King Institute of Preventive Medicine Micro-Biological Section reports 1912-19
Year: 1912
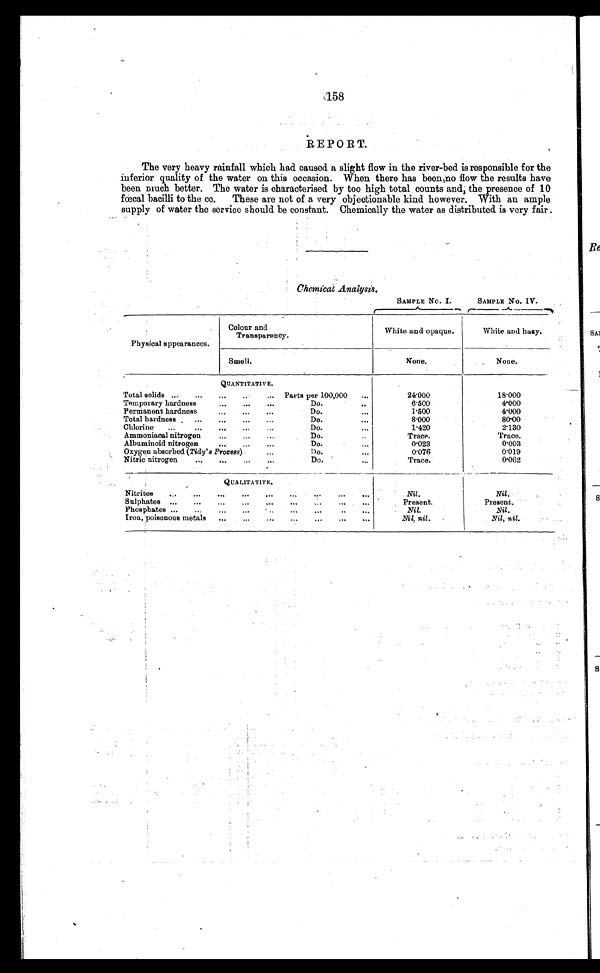
158
REPORT.
The very heavy rainfall which had caused a slight flow in the river-bed is responsible for the
inferior quality of the water on this occasion. When there has been no flow the results have
been much better. The water is characterised by too high total counts and, the presence of 10
fœcal bacilli to the cc. These are not of a very objectionable kind however. With an ample
supply of water the service should be constant. Chemically the water as distributed is very fair.
Chemical Analysis.
SAMPLE No. I.
SAMPLE No. IV.
Physical appearances.
Colour and
Transparency.
White and opaque.
White and hazy.
Smell.
None.
None.
QUANTITATIVE.
Total solids ...
...
...
... ...
Parts per 100,000
...
24.000
18.000
Temporary hardness
... ... ...
Do.
...
6.500
4.000
Permanent hardness
...
...
...
Do.
...
1.500
4.000
Total hardness . ... ... ... ...
Do.
...
8.000
80.00
Chlorine
...
...
...
...
Do.
...
1.420
2.130
Ammoniacal nitrogen
... ...
....
Do.
Trace.
Trace.
Albuminoid nitrogen
...
...
...
Do.
. . .
0.023
0.003
Oxygen absorbed (Tidy's Process)
Do.
...
0.076
0.019
Nitric nitrogen
... ...
...
...
Do.
...
Trace.
0.062
QUALITATIVE.
Nitrites
...
...
...
...
...
... ... ...
Nil.
Nil.
Sulphates
...
...
...
...
,„
.„
...
...
Present.
Present.
Phosphates ...
...
...
..
...
..
...
Nil.
Nil.
Iron, poisonous metals
...
...
...
...
...
...
...
Nil, nil.
Nil, nil.